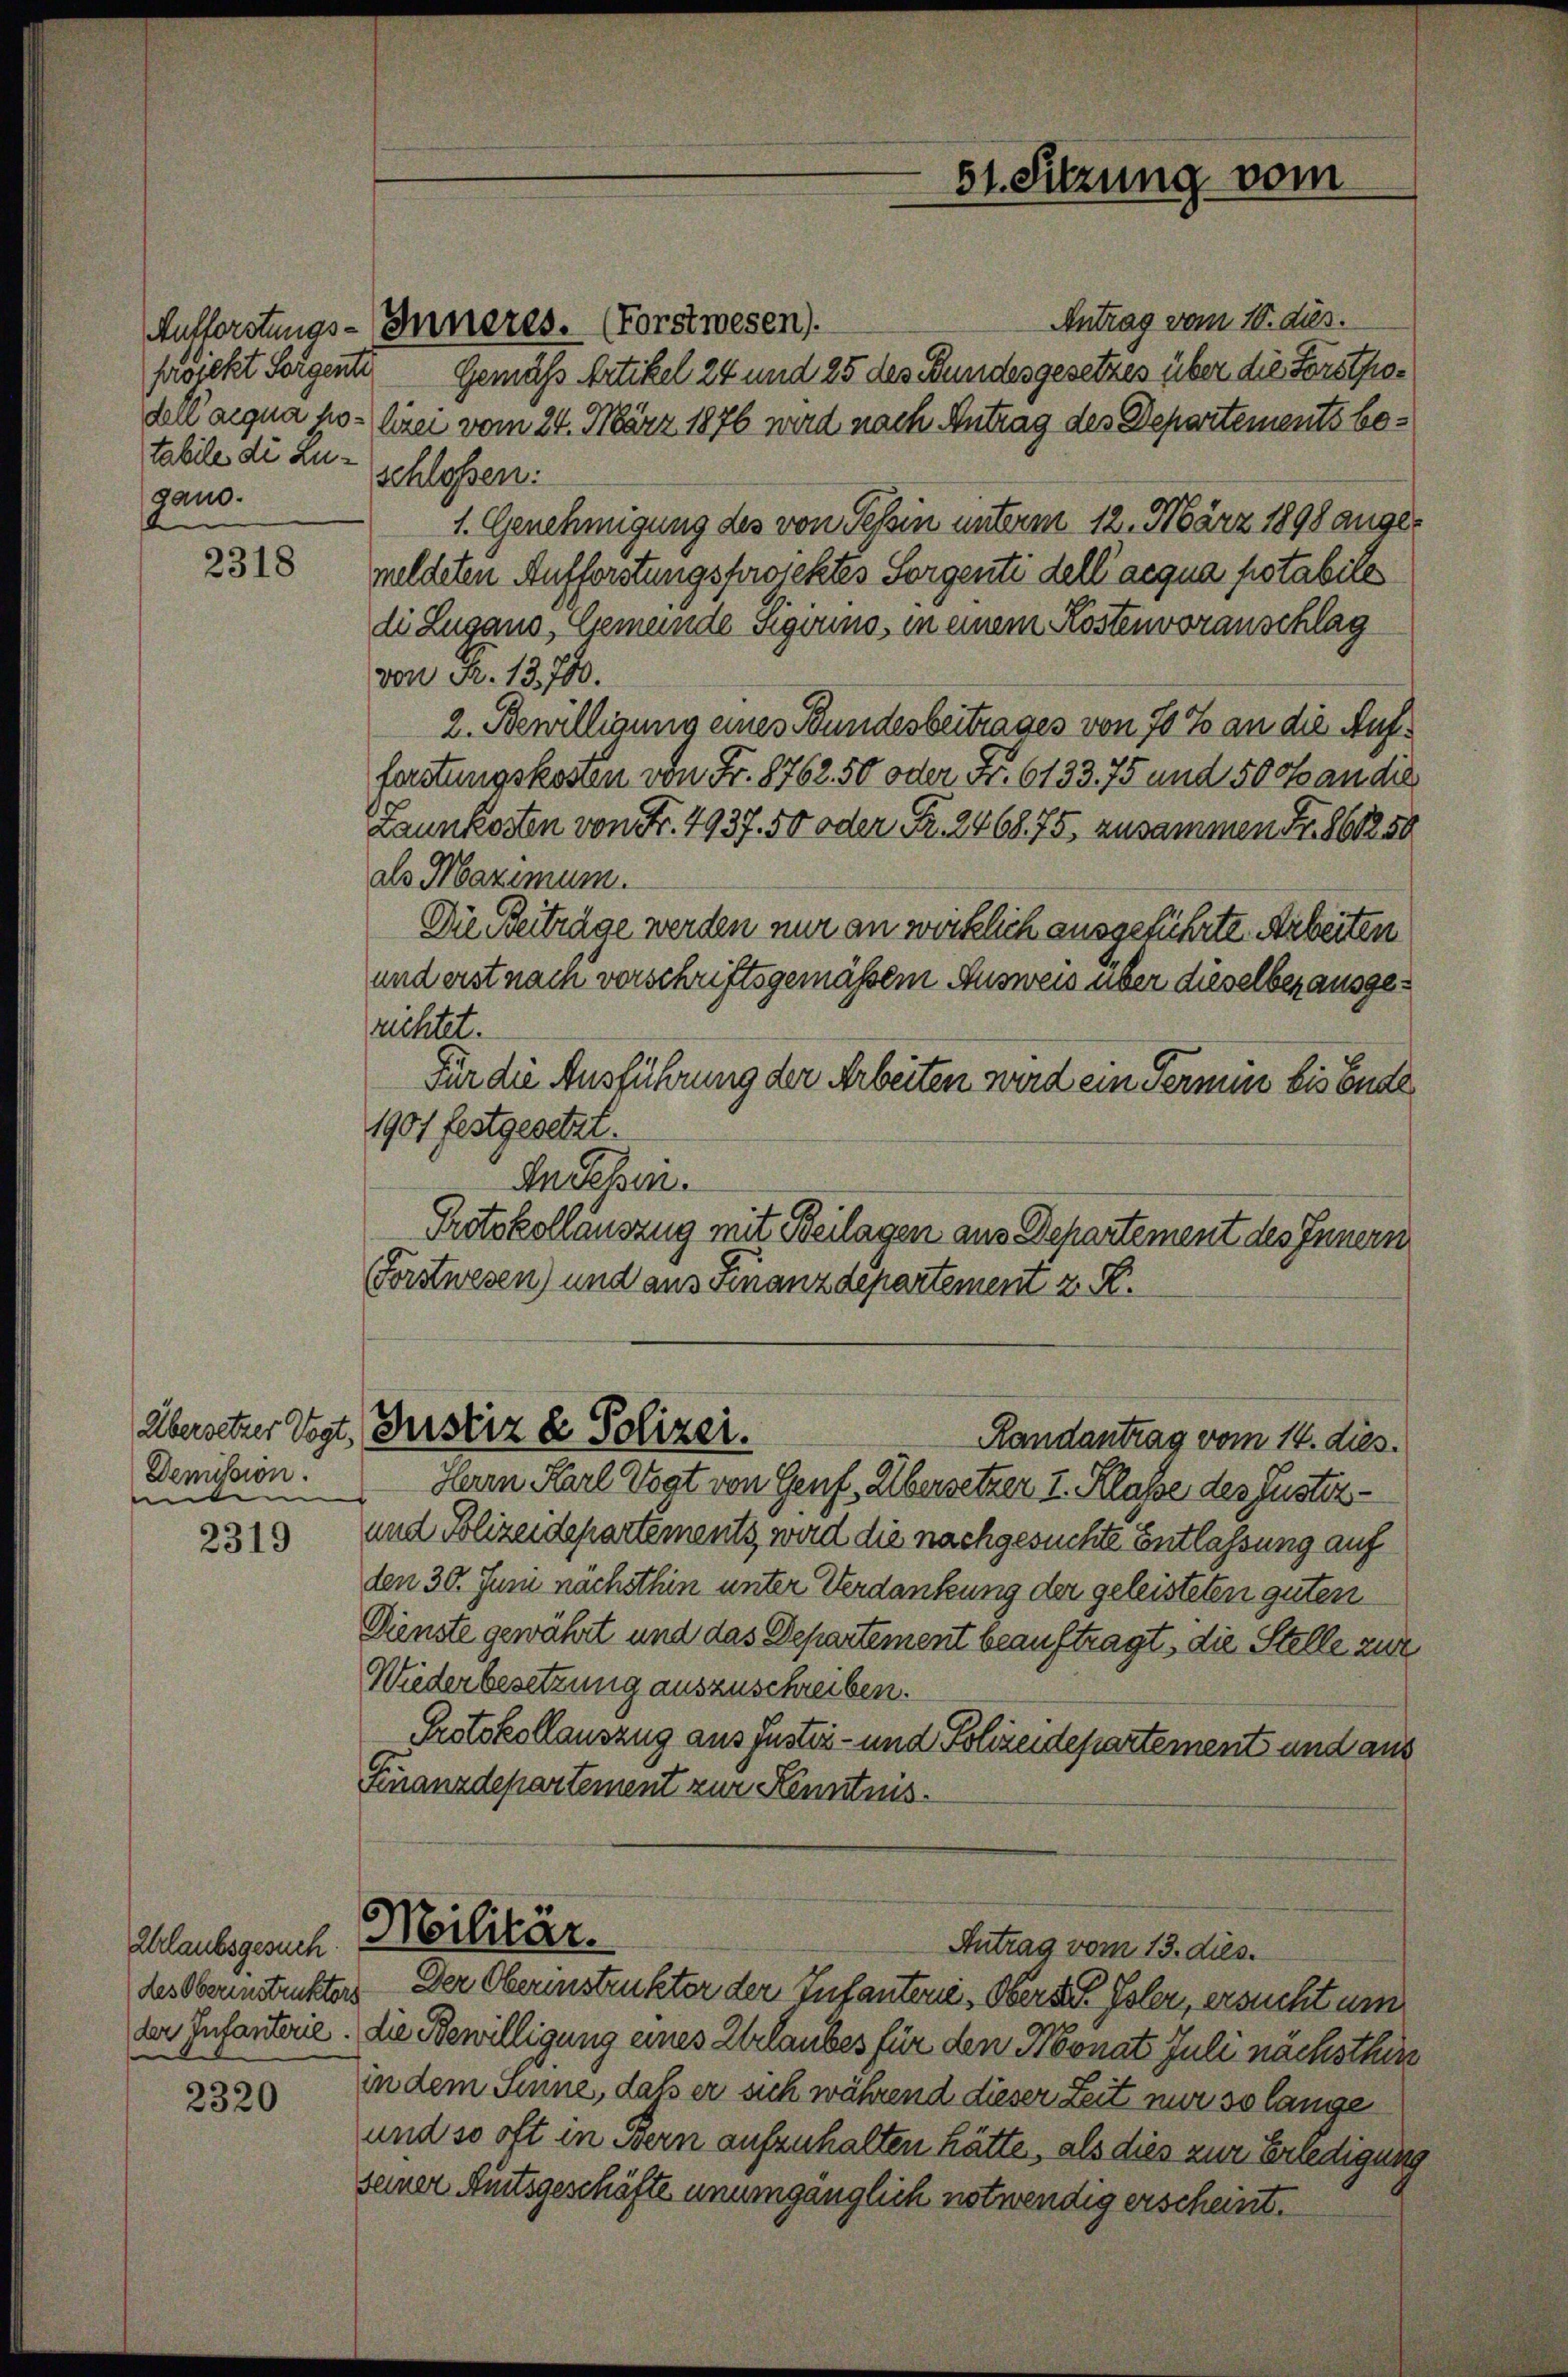
dell’ aequa hotabile di Lugano.

2318

Demission.
niten

2319

Ehrlaubsgesuch
des Oberenstruktors
der Infanterie.

2320

Antrag vom 10. dus.
srdickt Sorgente Gemäß Artikel 24 und 25 des Bundesgesetzes über die Forstprolizei vom 24. März 1876 wird nach Antrag des Departements beschlossen:
1. Genehmigung des von Tessin unterm 12. März 1898 angemeldeten Aufforstungsfowichtes Sorgenti dell’ acqua potabile
di Zugano, Gemeinde Sigiuno, in einem Kostenvoranschlag
von Fr. 13,700.
2. Bewilligung eines Bundesbeitrages von 70 % an die Auffastungskosten von Fr. 8762. 50 oder Nr. 6133. 75 und 500 an die
Launkosten von Fr. 7937. 50 oder Fr. 246875. zusammen Fr. 861250
als Maximum.
Die Beiträge werden nur an wirklich ausgeführte Arbeiten
und erst nach vorschriftsgemäßen Ausweis über dieselber ausgerichtet.
Für die Ausführung der Arbeiten wird ein Termin bis Ende
1901 festgesetzt.
In Schen.
Protokollauszug mit Beilagen aus Departement des Innern
Forstwesen) und aus Finanzdepartement z. R.

Aufforstungs-Inneres. (Forstwesen).

Herrn Karl Vogt von Genf, Übersetzer I. Klasse des Justiz¬
und Polizeidepartements, wird die nachgesuchte Entlassung auf
den 30. Juni nächsthin unter Verdankung der geleisteten guten
Dienste gewährt und das Departement beauftragt, die Stelle zur
Wiederbesetzung auszuschreiben.
Protokollauszug aus Justiz- und Polizeidepartement und aus
Finanzdepartement zur Kenntnis.

Übersetzer Vogt, Gerstiz & Polizei.

51. Sitzung vom

Randantrag vom 14. dies

Militär.
Antrag vom 13. dies.
Der Oberinstrukter der Infantone, Oberst Isler, ersucht um

die Bewilligung eines Erlaubes für den Monat Juli nächsthin
in dem Sinne, daß er sich während dieser Zeit nur so lange
und so oft in Bern aufzuhalten hätte, als dies zur Erledigung
seiner Amtsgeschäfte unumgänglich notwendig erscheint.